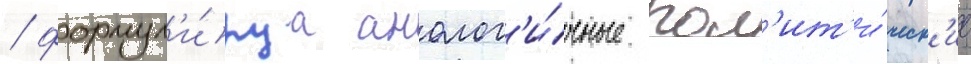
/ формул'и́руа аналог'и́чные пол'ит'и́ческ'ие